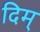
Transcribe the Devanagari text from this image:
दिम्